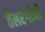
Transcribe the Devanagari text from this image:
तैलरंगांनी